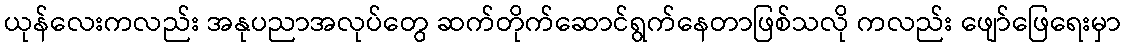
ယုန်လေးကလည်း အနုပညာအလုပ်တွေ ဆက်တိုက်ဆောင်ရွက်နေတာဖြစ်သလို ကလည်း ဖျော်ဖြေရေးမှာ